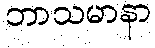
ဘာသမာနာ